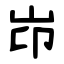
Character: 岇